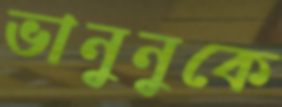
ভানুনুকে